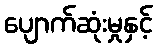
ပျောက်ဆုံးမှုနှင့်